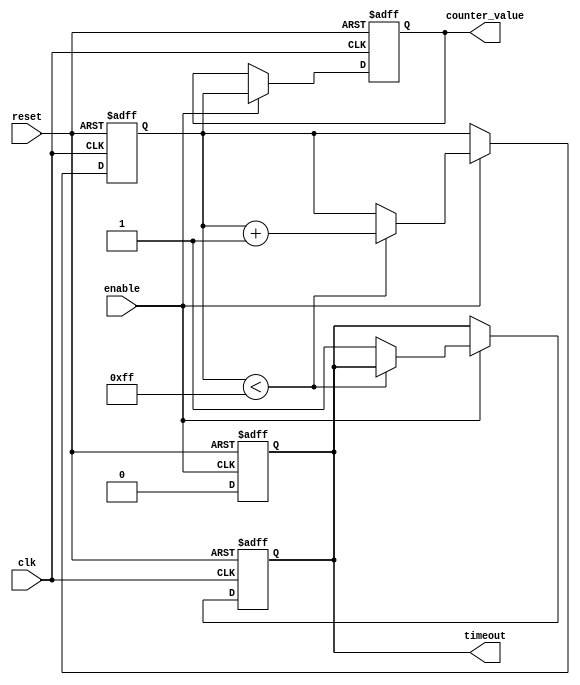
module MemoryBlocksTimeoutCounter #(
    parameter N = 8,         // Width of the counter
    parameter TIMEOUT_THRESHOLD = 8'hFF // Time-out threshold value (example: 255)
)(
    input wire clk,          // Clock signal
    input wire reset,        // Asynchronous reset signal
    input wire enable,       // Enable counting
    output reg timeout,      // Time-out signal
    output reg [N-1:0] counter_value // Current counter value (for debugging)
);

// Internal counter
reg [N-1:0] counter;

// Asynchronous reset and counting logic
always @(posedge clk or posedge reset) begin
    if (reset) begin
        counter <= 0;         // Reset counter
        timeout <= 0;         // Deassert timeout
        counter_value <= 0;    // Reset counter value
    end else if (enable) begin
        if (counter < TIMEOUT_THRESHOLD) begin
            counter <= counter + 1; // Increment counter
        end else begin
            timeout <= 1; // Assert timeout when threshold reached
        end
        counter_value <= counter; // Update counter value
    end
end

// Timeout deassertion logic
always @(negedge enable or posedge reset) begin
    if (reset) begin
        timeout <= 0; // Ensure timeout is deasserted on reset
    end else if (!enable) begin
        timeout <= 0; // Deassert timeout when not enabled
    end
end

endmodule